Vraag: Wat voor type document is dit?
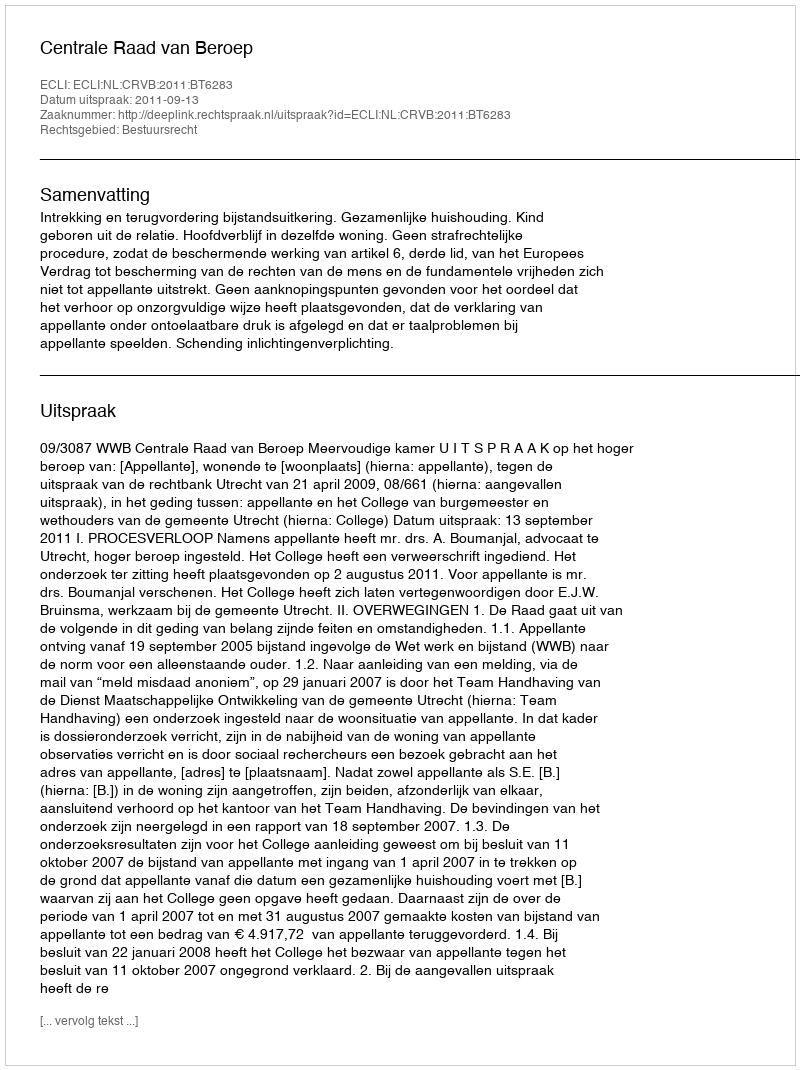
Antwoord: Uitspraak